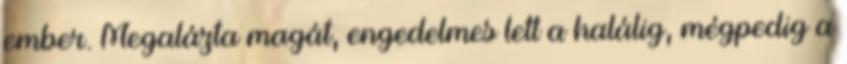
ember. Megalázta magát, engedelmes lett a halálig, mégpedig a